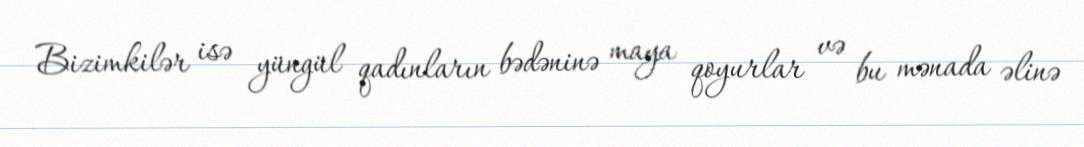
Bizimkilər isə yüngül qadınların bədəninə maya qoyurlar və bu mənada əlinə